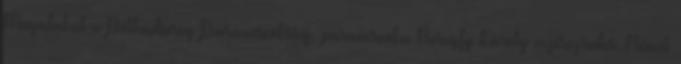
Megalakul a Póthadsereg Parancsnokság, parancsnoka Beregfy Károly vezérezredes. Német